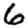
Digit: 6